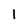
Character: 1